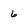
Character: 6